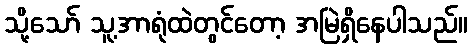
သို့သော် သူ့အာရုံထဲတွင်တော့ အမြဲရှိနေပါသည်။